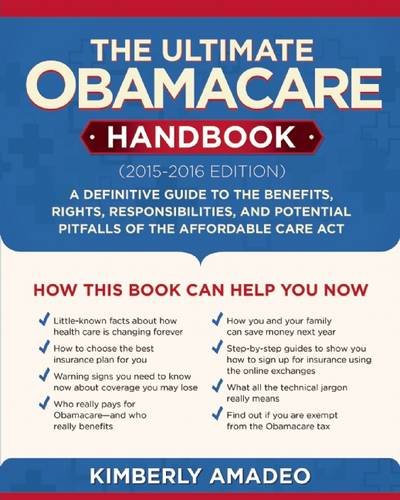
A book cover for The Ultimate Obamacare Handbook (2015EE2016 edition): A Definitive Guide to the Benefits, Rights, Responsibilities, and Potential Pitfalls of the Affordable Care Act; Kimberly Amadeo; Medical Books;